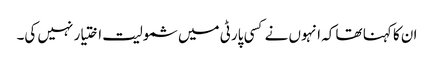
ان کا کہنا تھا کہ انہوں نے کسی پارٹی میں شمولیت اختیار نہیں کی۔